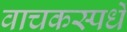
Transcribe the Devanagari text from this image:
वाचकस्पर्धे